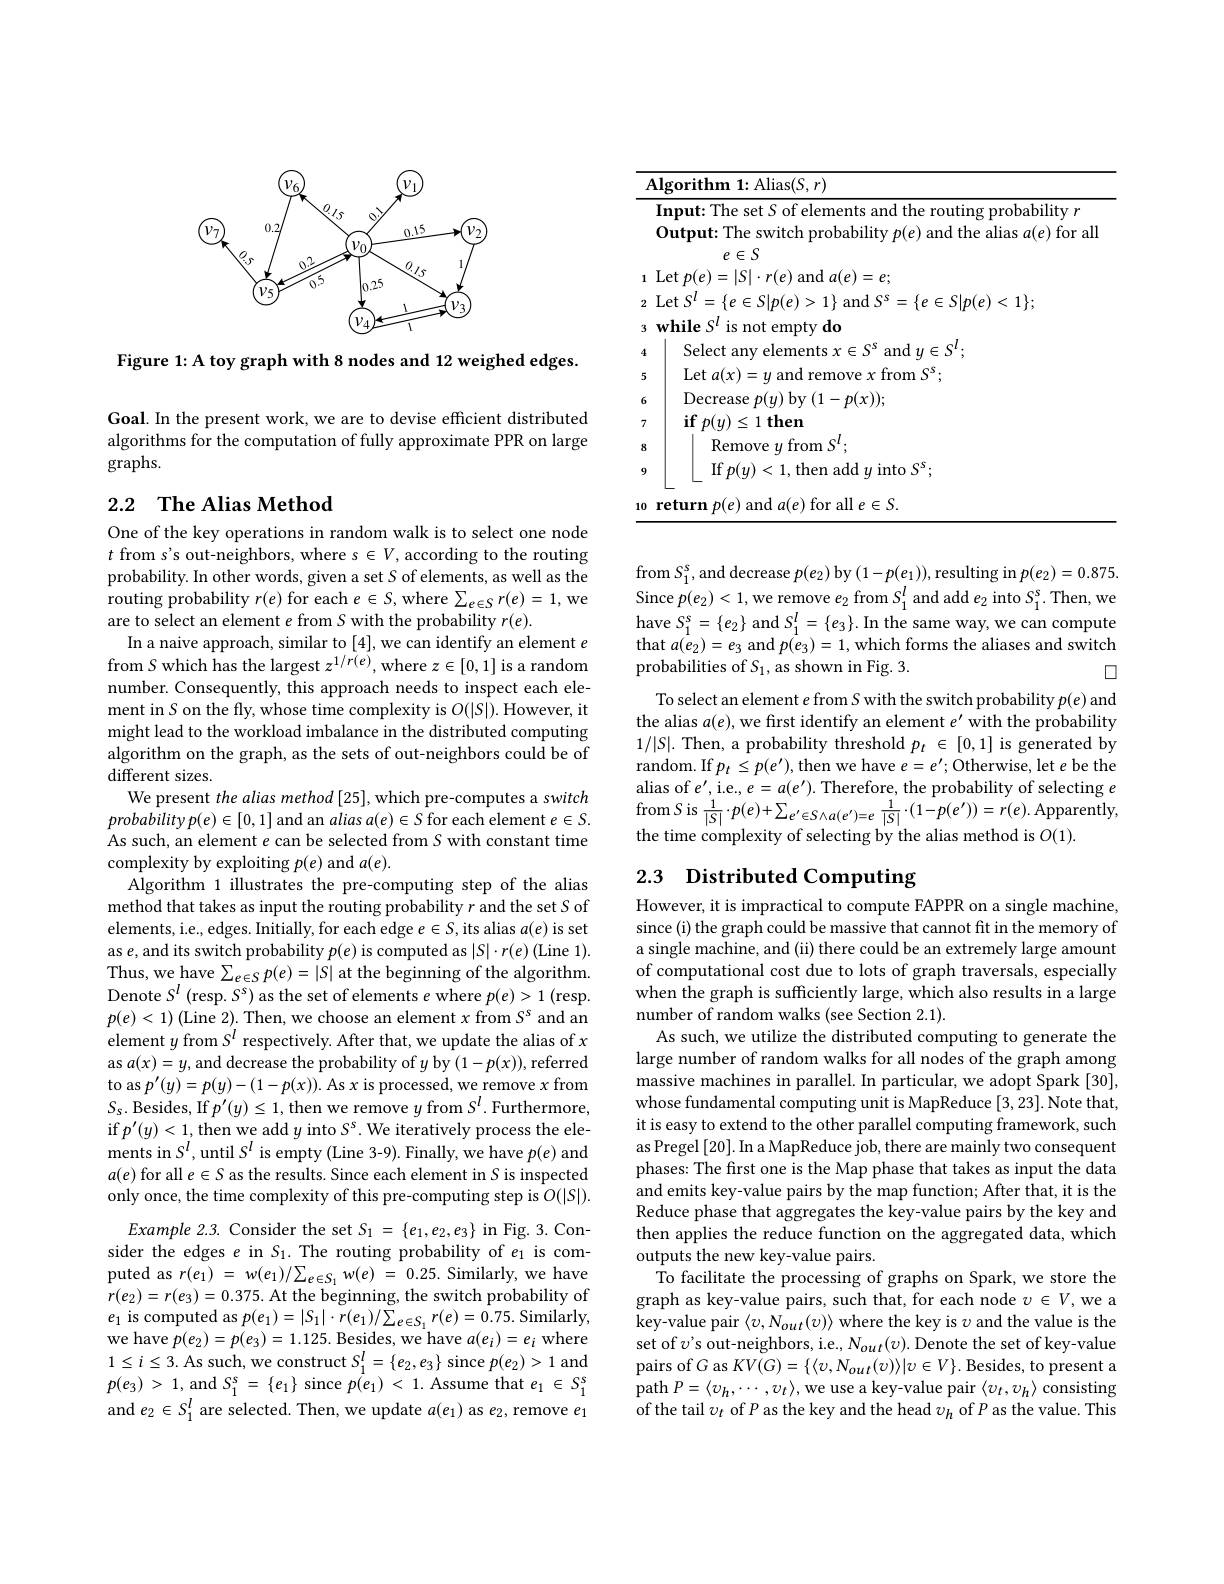
<FigureHere>

Figure 1: A toy graph with 8 nodes and 12 weighed edges.

Goal. In the present work, we are to devise efficient distributed algorithms for the computation of fully approximate PPR on large graphs.

## 2.2 $\textbf{The Alias Method}$

One of the key operations in random walk is to select one node $t$ from s's out-neighbors, where s $\in V$, according to the routing probability. In other words, given a set $S$ of elements, as well as the routing probability $r(e)$ for each $e\in S$,where $\sum_e\in Sr(e)=1$, we are to select an element $e$ from S with the probability $r(e).$
In a naive approach, similar to [4],we can identify an element $e$ from $S$ which has the largest $z^1/r(e)$, where $z\in[0,1]$ is a random number. Consequently, this approach needs to inspect each element in $S$ on the fly, whose time complexity is $O(|S|).$ However, it might lead to the workload imbalance in the distributed computing algorithm on the graph, as the sets of out-neighbors could be of different sizes.
We present the alias method [25], which pre-computes a switch $probabilityp(e)\in[0,1]$ and an $aliasa(e)\in S$ for each element $e\in S.$ As such, an element $e$ can be selected from $S$ with constant time complexity by exploiting $p(e)$ and $a(e).$
Algorithm 1 illustrates the pre-computing step of the alias method that takes as input the routing probability $r$ and the set $S$ of elements, i.e., edges. Initially, for each edge $e\in S$, its alias $a(e)$ is set as $e$, and its switch probability $p(e)$ is computed as $|S|\cdot r(e)$ (Line 1). Thus, we have $\sum_e\in Sp(e)=|S|$ at the beginning of the algorithm. Denote $S^l$ (resp. $S^s)$ as the set of elements $e$ where $p(e)>1$ (resp. $p(e)<1)$ (Line 2). Then, we choose an element $x$ from $S^s$ and an element $y$ from $S^l$ respectively. After that, we update the alias of $x$ as $a(x)=y$, and decrease the probability of $y$ by $(1-p(x))$, referred to as $p^\prime(y)=p(y)-(1-p(x)).$ As $x$ is processed, we remove $x$ from $S_{\mathrm{s.~Besides,~If~}p^{\prime}(y)\leq1,\text{then we remove }y\text{ from }S^{l}.{\text{Furthermore,}}}$ if $p^{\prime}(y)<1$,then we add $y$ into $S^\mathrm{s}.$ We iteratively process the elements in $S^{l}$,until $S^{l}$ is empty(Line 3-9). Finally, we have $p(e)$ and $a(e)$ for all $e\in S$ as the results. Since each element in $S$ is inspected only once, the time complexity of this pre-computing step is $O(|S|).$
$Example2.3.$ Consider the set $S_1=\{e_1,e_2,e_3\}$ in Fig. 3. Consider the edges $e$ in $S_1.$ The routing probability of $e_1$ is computed as $r( e_1) = w( e_1) / \sum _{e\in S_1} w( e) = 0. 25. $Similarly, we have $r(e_{2})=r(e_{3})=0.375.$ At the beginning, the switch probability of $e_{1}$ is computed as $p(e_1)=|S_1|\cdot r(e_1)/\sum_{e\in S_1}r(e)=0.75.$ Similarly, we have $p(e_{2})=p(e_{3})=1.125.$ Besides, we have $a(e_{i})=e_{i}$ where $1\leq i\leq3.$ As such, we construct $S_1^l=\{e_2,e_3\}$ since $p(e_2)>1$ and $p( e_{3})$ > 1, and $S_1^{s}$ = $\{ e_{1}\}$ since $p( e_{1})$ < 1. Assume that $e_{1}$ $\in$ $S_{1}^{s}$ and $e_2\in S_1^l$ are selected. Then, we update $a(e_1)$ as $e_2$, remove $e_1$

<table>
	<tbody>
		<tr>
			<td>$I$</td>
			<td>${:\mathrm{Alias}(S,r)}$</td>
		</tr>
		<tr>
			<td> </td>
			<td>Input: The set S of elements and the routing probability $r$ Output: The switch probability $p(e)$ and the alias $a(e)$ for all</td>
		</tr>
		<tr>
			<td>1</td>
			<td>$\operatorname*{Let}p(e)=|S|\cdot r(e)$ and $a(e)=e;$</td>
		</tr>
		<tr>
			<td>2</td>
			<td>$\operatorname*{Let}S^{l}=\{e\in S|p(e)>1\}$ and $S^{s}=\{e\in S|p(e)<1\};$</td>
		</tr>
		<tr>
			<td>4</td>
			<td>Select anw ele $\operatorname{and}_{1}\in S^{l}$</td>
		</tr>
		<tr>
			<td>5</td>
			<td>$\mathop{\mathrm{Let~}}a(x$ $x$ from $S^{s};$</td>
		</tr>
		<tr>
			<td>6</td>
			<td>Decrease $\mathfrak{p}(y)$ by $(1-p(x));$</td>
		</tr>
		<tr>
			<td>7</td>
			<td>$\textbf{if}p( y) \leq 1$then</td>
		</tr>
		<tr>
			<td>8</td>
			<td>Remove from$S^{l}$</td>
		</tr>
		<tr>
			<td>9</td>
			<td>If $p(y)<1$,then add $y$ into $S^s;$</td>
		</tr>
		<tr>
			<td>10</td>
			<td>$\textbf{l }e\in S.$</td>
		</tr>
	</tbody>
</table>

from $S_1^s$,and decrease $p(e_2)$ by $(1-p(e_1))$, resulting in $p(e_2)=0.875.$ Since $p(e_2)<1$,we remove $e_2$ from $S_1^l$ and add $e_2$ into $S_1^s.$ Then, we have $S_1^{\mathrm{s}}=\{e_2\}$ and $S_1^l=\{e_3\}.$ In the same way, we can compute that $a(e_{2})=e_{3}$ and $p(e_{3})=1$,which forms the aliases and switch probabilities of $S_1$, as shown in Fig. 3.
$\square$
To select an element $e$ from S with the switch probability $p(e)$ and the alias $a(e)$,we first identify an element $e^\prime$ with the probability $1/|S|.$ Then, a probability threshold $p_t\in[0,1]$ is generated by random. If $p_t\leq p(e^{\prime})$, then we have $e=e^\prime;$Otherwise, let $e$ be the alias of $e^\prime$, i.e., $e=a(e^\prime).$ Therefore, the probability of selecting $e$ from $S$ is $\frac1{|S|}\cdot p(e)+\sum_{e^{\prime}\in S\wedge a(e^{\prime})=e}\frac1{|S|}\cdot(1-p(e^{\prime}))=r(e).$ Apparently the time complexity of selecting by the alias method is $O(1).$

## 2.3 Distributed Computing

However, it is impractical to compute FAPPR on a single machine, since (i) the graph could be massive that cannot fit in the memory of a single machine, and (ii) there could be an extremely large amount of computational cost due to lots of graph traversals, especially when the graph is sufficiently large, which also results in a large number of random walks (see Section 2.1).
As such, we utilize the distributed computing to generate the large number of random walks for all nodes of the graph among massive machines in parallel. In particular, we adopt Spark [30], whose fundamental computing unit is MapReduce [3,23]. Note that, it is easy to extend to the other parallel computing framework, such as Pregel [20]. In a MapReduce job, there are mainly two consequent phases: The first one is the Map phase that takes as input the data and emits key-value pairs by the map function; After that, it is the Reduce phase that aggregates the key-value pairs by the key and then applies the reduce function on the aggregated data, which outputs the new key-value pairs.
$\dot{\text{To facilitate the processing of graphs on Spark, we store the}}$ graph as key-value pairs, such that, for each node $v\in V$,we a key-value pair $\langle v,N_{out}(v)\rangle$ where the key is $\upsilon$ and the value is the set of $v^{\prime}$s out-neighbors, i.e., $N_out(v).$ Denote the set of key-value pairs of $G$ as $KV(G)=\{\langle v,N_{out}(v)\rangle|v\in V\}.$ Besides, to present a $\operatorname{path}P=\langle v_{h},\cdots,v_{t}\rangle$,we use a key-value pair$\langle v_t,v_{h}\rangle$ consisting of the tail $v_t$ of $P$ as the key and the head $v_h$ of $P$ as the value. This